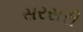
સરસરી